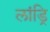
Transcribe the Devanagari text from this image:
लांड्रि